Document type: Sale
Year: 1440
Scribe: Pere Pau Pujades
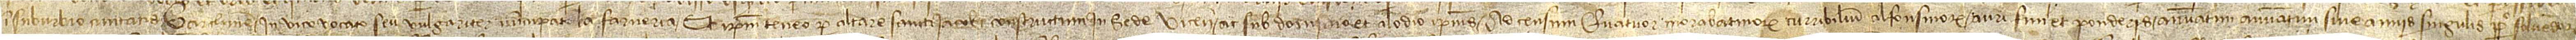
in suburbio civitatis Barchinone, in vico vocato seu vulgariter nuncupato la Farneria, et ipsum teneo per altare Sancti Iacobi constructum in Sede Vicensi, ac sub dominio et alodio ipsius, ad censum quatuor morabatinorum curribilium alfonsinorum auri fini et ponderis annuatim  sive annis singulis perpetuo solvendorum